Lunatic asylums Bombay report 1878-1890 - 1878-1890
Year: 1878
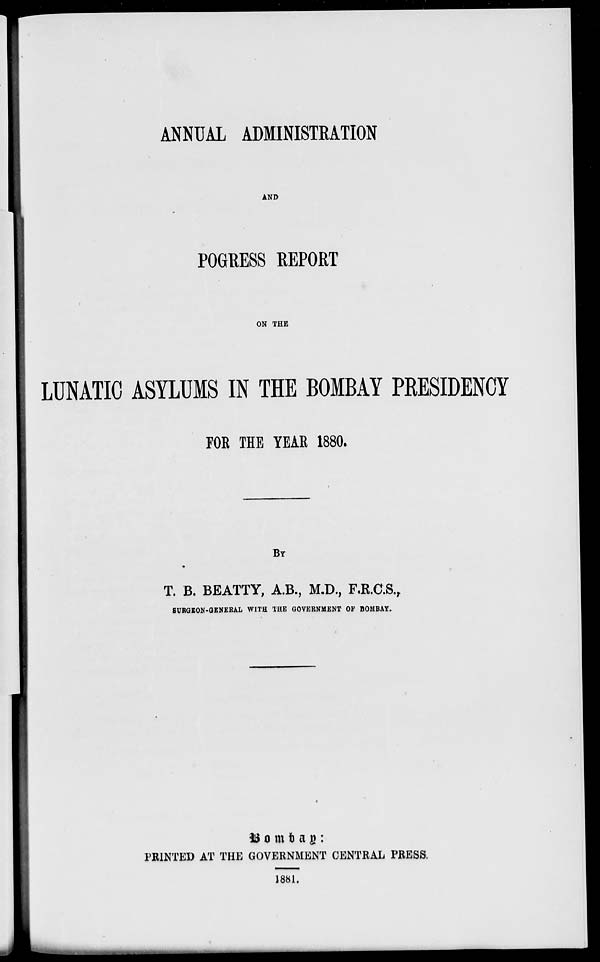
ANNUAL ADMINISTRATION
AND
POGRESS REPORT
ON THE
LUNATIC ASYLUMS IN THE BOMBAY PRESIDENCY
FOR THE YEAR 1880.
BY
T. B. BEATTY, A.B., M.D., F.R.C.S.,
SURGEON-GENERAL WITH THE GOVERNMENT OF BOMBAY.
Bombay :
PRINTED AT THE GOVERNMENT CENTRAL PRESS.
1881.